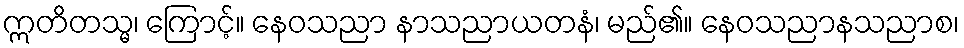
ဣတိတသ္မ၊ ကြောင့်။ နေဝသညာ နာသညာယတနံ၊ မည်၏။ နေဝသညာနသညာစ၊